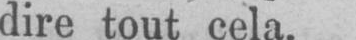
dire tout cela.